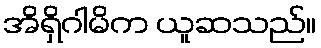
အိရှိဂါမိက ယူဆသည်။